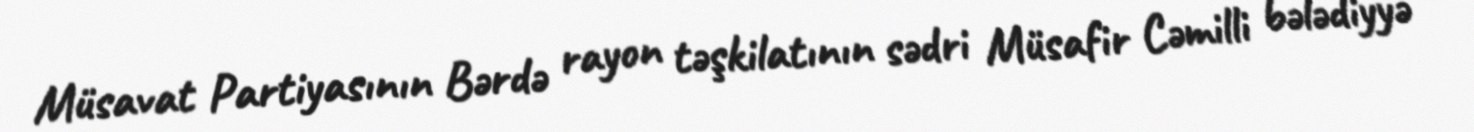
Müsavat Partiyasının Bərdə rayon təşkilatının sədri Müsafir Cəmilli bələdiyyə